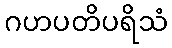
ဂဟပတိပရိသံ